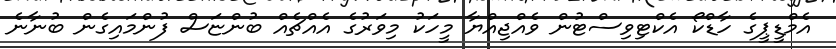
އެމްޑީޕީގެ ހާޑްކޯ އެކްޓިވިސްޓުން ވެއްޖިއްޔާ މީހަކު މިވަރުގެ އެއްޗެއް ބުންޏަސް ފުންމައިގެން ބުނާނެ